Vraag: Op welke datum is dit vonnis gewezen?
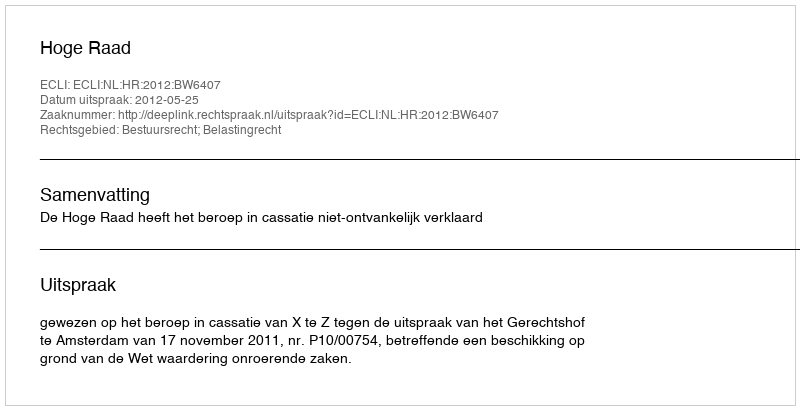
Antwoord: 2012-05-25